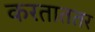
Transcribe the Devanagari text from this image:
करताततर